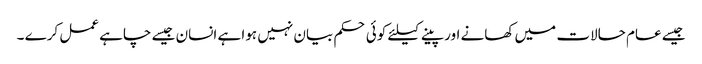
جیسے عام حالات میں کھانے اور پینے کیلئے کوئی حکم بیان نہیں ہوا ہے انسان جیسے چاہے عمل کرے ۔